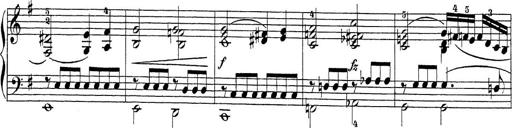
Title: Sonatina Album
Composer: Louis KÃ¶hler